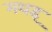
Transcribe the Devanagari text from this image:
मथइ